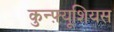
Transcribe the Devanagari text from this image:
कुन्फ़्यूशियस